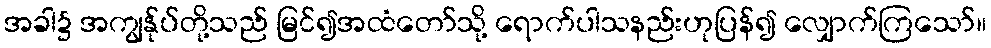
အခါ၌ အကျွန်ုပ်တို့သည် မြင်၍အထံတော်သို့ ရောက်ပါသနည်းဟုပြန်၍ လျှောက်ကြသော်။